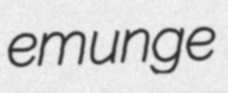
emunge